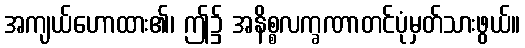
အကျယ်ဟောထား၏၊ ဤ၌ အနိစ္စလက္ခဏာတင်ပုံမှတ်သားဖွယ်။